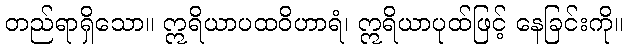
တည်ရာရှိသော။ ဣရိယာပထဝိဟာရံ၊ ဣရိယာပုထ်ဖြင့် နေခြင်းကို။